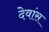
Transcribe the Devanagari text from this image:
देवांस